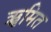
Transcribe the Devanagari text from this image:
ॠमित